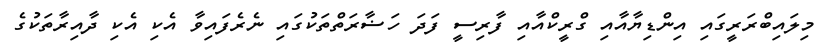
މިލައިބްރަރީގައި އިންޑިޔާއާއި ގްރީކްއާއި ފާރިސީ ފަދަ ހަޟާރަތްތަކުގައި ނެރެފައިވާ އެކި އެކި ދާއިރާތަކުގެ